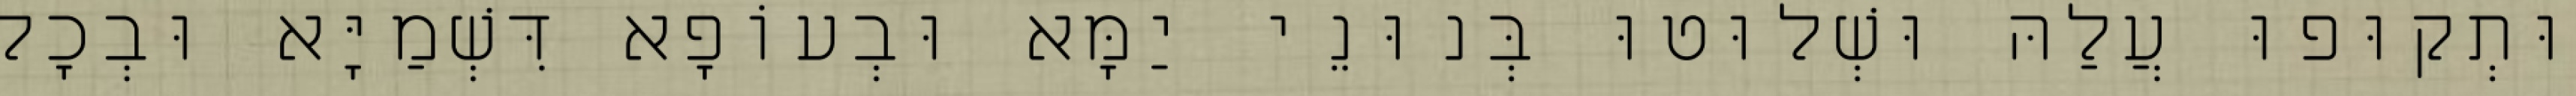
וּתְקוּפוּ עֲלַהּ וּשְׁלוּטוּ בְּנוּנֵי יַמָּא וּבְעוֹפָא דִּשְׁמַיָּא וּבְכָל